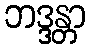
ဘဒ္ဒန္တာ